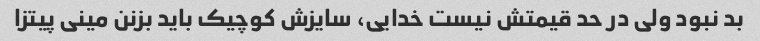
بد نبود ولی در حد قیمتش نیست خدایی، سایزش کوچیک باید بزنن مینی پیتزا